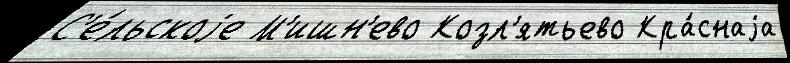
С'е́льскоjе М'ишн'ево Козл'ятьево Кра́снаjа